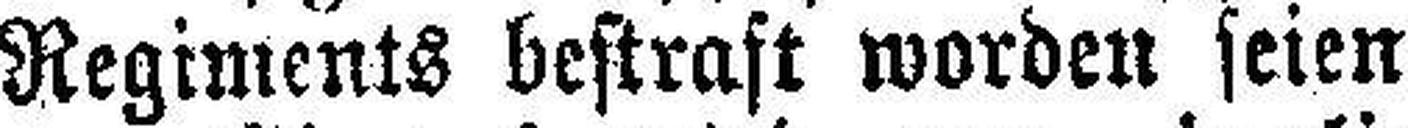
Regiments bestraft worden seien